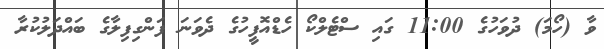
ވާ (ހޯމަަ) ދުވަހުގެ 11:00 ގައި ސްޓެލްކޯ ހެޑްއޮފީހުގެ ދެވަނަ ފަންގިފިލާގެ ބައްދަލުކުރާ